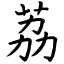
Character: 荔